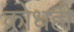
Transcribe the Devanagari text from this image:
क्रोधही